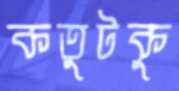
কতুটকু